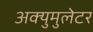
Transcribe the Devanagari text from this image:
अक्युमुलेटर